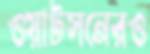
ওয়াটসনেরও